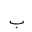
Letter: _ba